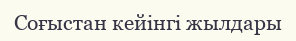
Соғыстан кейінгі жылдары